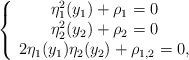
LaTeX: \begin{align*} \left\{\begin{array}{c}\eta_1^2(y_1) + \rho_1=0 \\\eta_2^2(y_2) + \rho_2 =0 \\2\eta_1(y_1)\eta_2(y_2) + \rho_{1,2}=0,\end{array}\right.\end{align*}